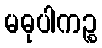
မဓုပါကဉ္စ